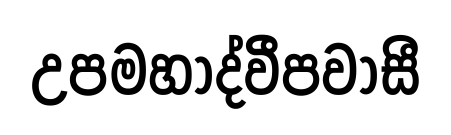
උපමහාද්වීපවාසී